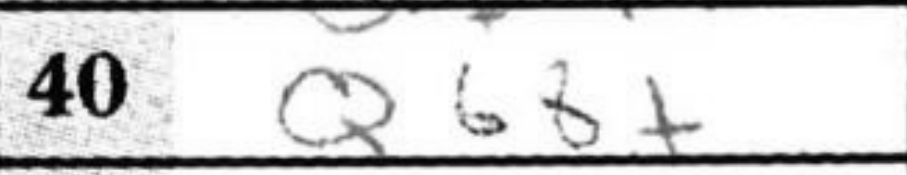
Transcription: Qg8+